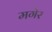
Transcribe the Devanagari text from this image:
मगेर